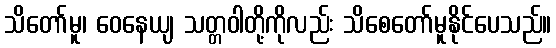
သိတော်မူ၊ ဝေနေယျ သတ္တဝါတို့ကိုလည်း သိစေတော်မူနိုင်ပေသည်။